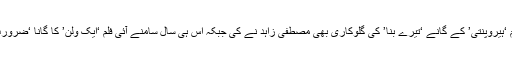
2014 میں سامنے آئی فلم ‘ہیروپنتی’ کے گانے ‘تیرے بنا’ کی گلوکاری بھی مصطفیٰ زاہد نے کی جبکہ اس ہی سال سامنے آئی فلم ‘ایک ولن’ کا گانا ‘ضرورت’ بھی انہوں نے ہی گایا۔